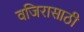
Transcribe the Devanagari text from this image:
वजिरासाठी